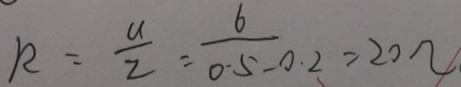
R = \frac { U } { z } = \frac { 6 } { 0 . 5 - 0 . 2 } = 2 0 \Omega